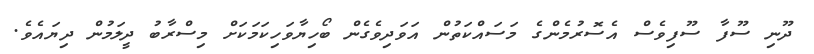
ދޫނި ސޫފާ ސޫފިވެސް އެސޮރުމެންގެ މަސައްކަތުން އަވަދިވެގެން ބޯހިޔާވަހިކަމަކަށް މިސްރާބު ދީލަމުން ދިޔައެވެ.